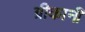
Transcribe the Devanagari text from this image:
ग्रीकानी